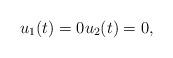
LaTeX: \begin{align*}u_1(t) = 0 u_2(t) = 0,\end{align*}